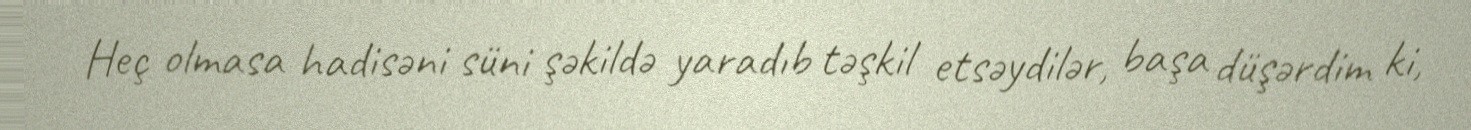
Heç olmasa hadisəni süni şəkildə yaradıb təşkil etsəydilər, başa düşərdim ki,